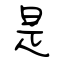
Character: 是